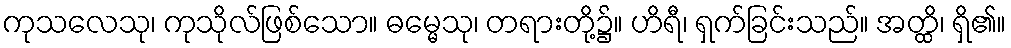
ကုသလေသု၊ ကုသိုလ်ဖြစ်သော။ ဓမ္မေသု၊ တရားတို့၌။ ဟိရီ၊ ရှက်ခြင်းသည်။ အတ္ထိ၊ ရှိ၏။